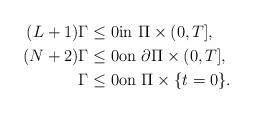
LaTeX: \begin{align*}(L+1) \Gamma&\leq 0\textrm{in}\ \Pi\times (0,T], \\(N+2)\Gamma &\leq 0\textrm{on}\ \partial \Pi\times (0,T], \\\Gamma&\leq 0\textrm{on}\ \Pi\times \{t=0\}. \end{align*}